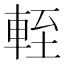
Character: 輊